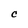
Character: c